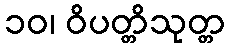
၁၀၊ ဝိပတ္တိသုတ္တ